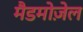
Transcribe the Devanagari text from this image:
मैडमोज़ेल